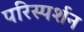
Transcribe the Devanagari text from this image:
परिस्‍पर्शन